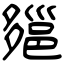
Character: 郺